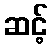
ဆင့်